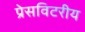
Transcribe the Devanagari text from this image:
प्रेसविटरीय